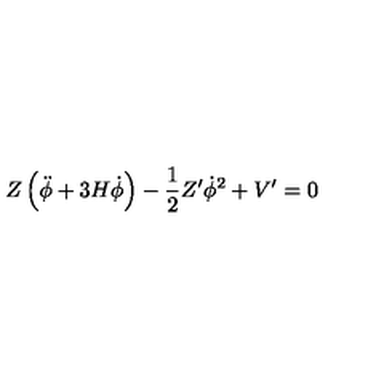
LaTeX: Z \left( \ddot { \phi } + 3 H \dot { \phi } \right) - \frac { 1 } { 2 } Z ^ { \prime } \dot { \phi } ^ { 2 } + V ^ { \prime } = 0